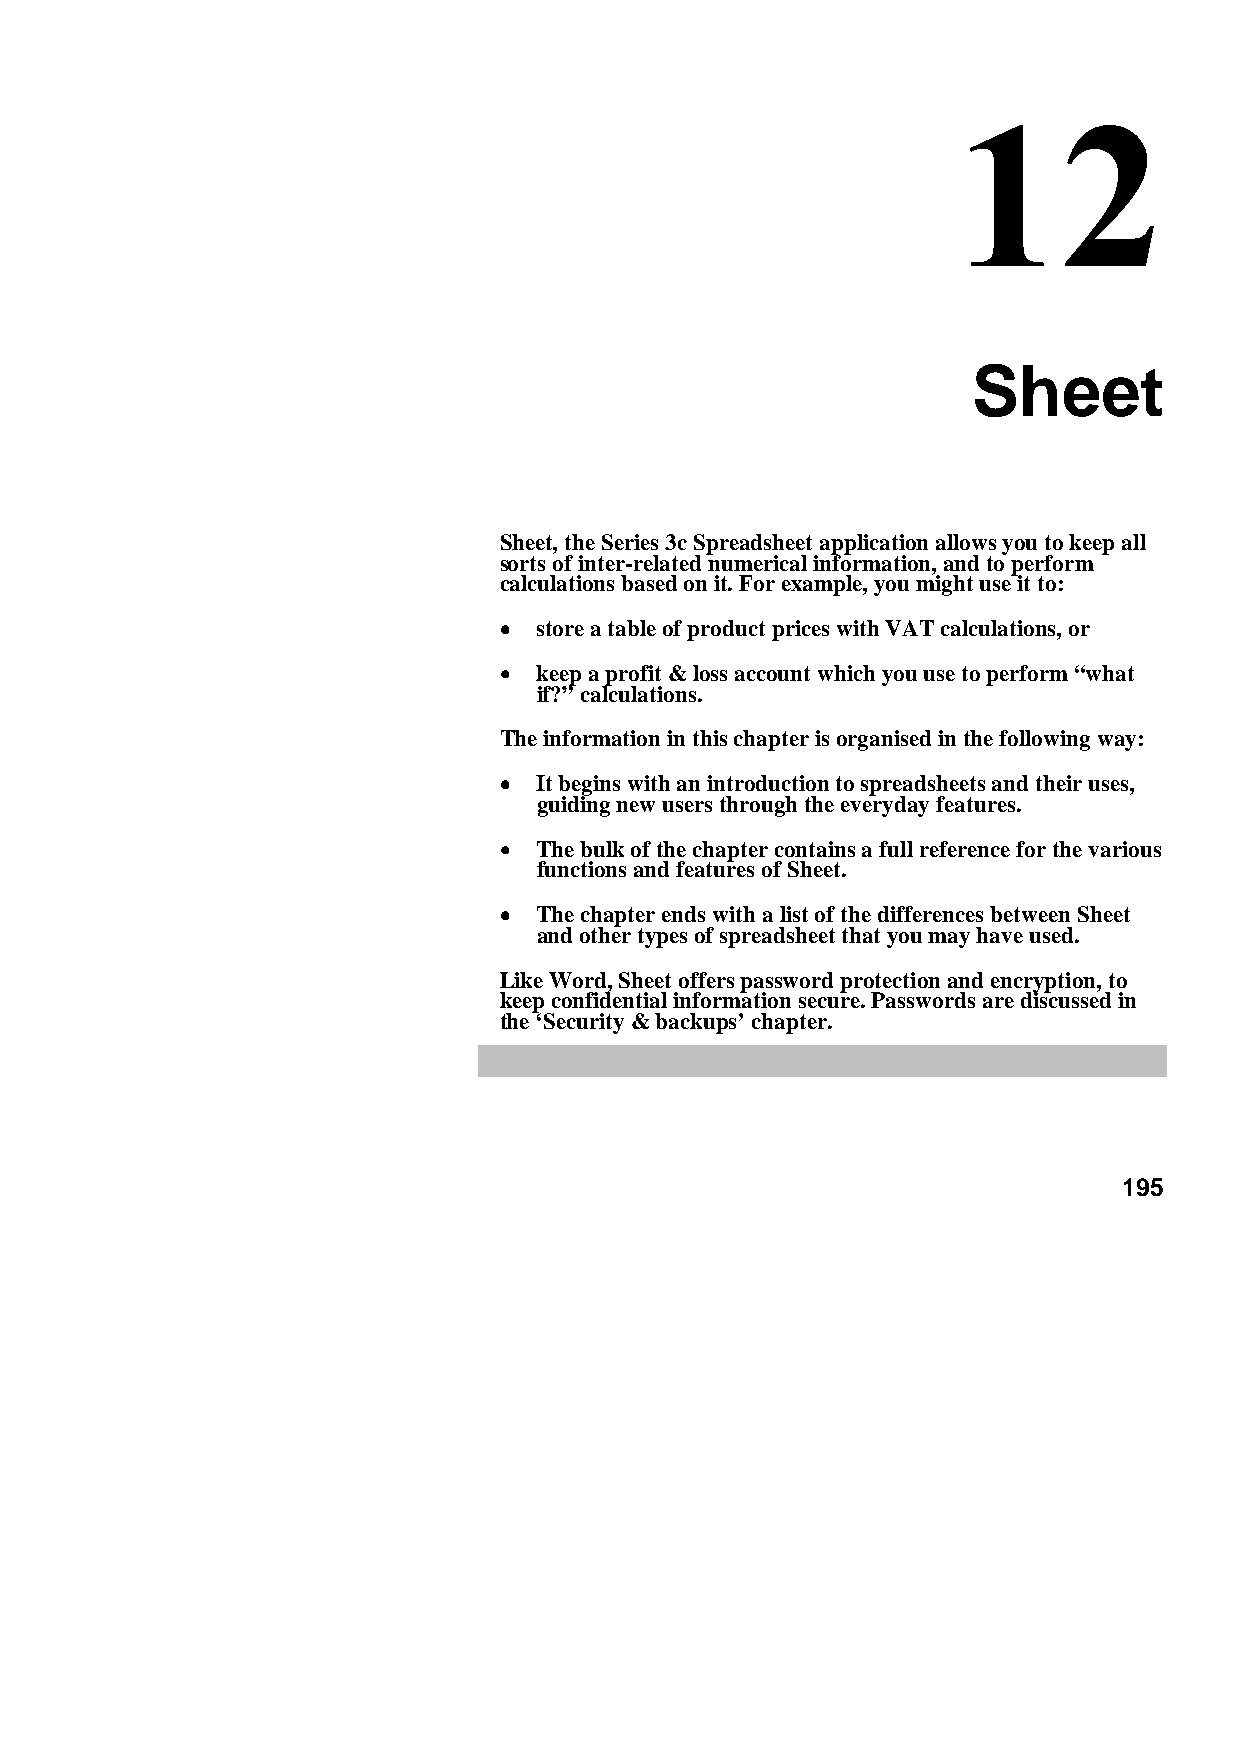
Sheet
 Sheet, the Series 3c Spreadsheet application allows you to keep all
 sorts of inter-related numerical information, and to perform
 calculations based on it. For example, you might use it to:
 •••• store a table of product prices with VAT calculations, or
 •••• keep a profit & loss account which you use to perform “what
 if?” calculations.
 The information in this chapter is organised in the following way:
 •••• It begins with an introduction to spreadsheets and their uses,
 guiding new users through the everyday features.
 •••• The bulk of the chapter contains a full reference for the various
 functions and features of Sheet.
 •••• The chapter ends with a list of the differences between Sheet
 and other types of spreadsheet that you may have used.
 Like Word, Sheet offers password protection and encryption, to
 keep confidential information secure. Passwords are discussed in
 the ‘Security & backups’ chapter.
 195